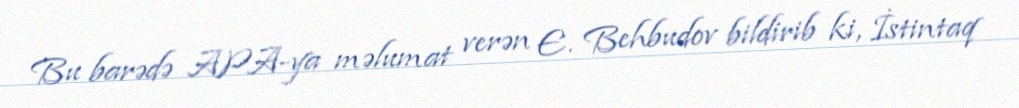
Bu barədə APA-ya məlumat verən E. Behbudov bildirib ki, İstintaq